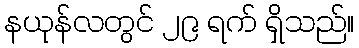
နယုန်လတွင် ၂၉ ရက် ရှိသည်။